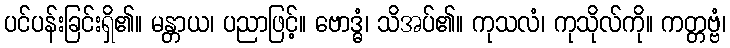
ပင်ပန်းခြင်းရှိ၏။ မန္တာယ၊ ပညာဖြင့်။ ဗောဒ္ဓံ၊ သိအပ်၏။ ကုသလံ၊ ကုသိုလ်ကို။ ကတ္တဗ္ဗံ၊